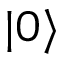
| 0 \rangle